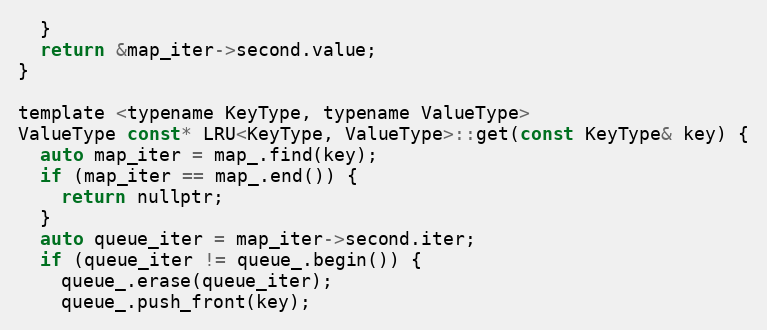
Language: C
  }
  return &map_iter->second.value;
}

template <typename KeyType, typename ValueType>
ValueType const* LRU<KeyType, ValueType>::get(const KeyType& key) {
  auto map_iter = map_.find(key);
  if (map_iter == map_.end()) {
    return nullptr;
  }
  auto queue_iter = map_iter->second.iter;
  if (queue_iter != queue_.begin()) {
    queue_.erase(queue_iter);
    queue_.push_front(key);